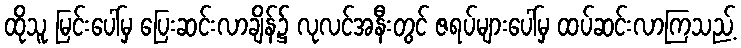
ထိုသူ မြင်းပေါ်မှ ပြေးဆင်းလာချိန်၌ လုလင်အနီးတွင် ဇရပ်များပေါ်မှ ထပ်ဆင်းလာကြသည့်